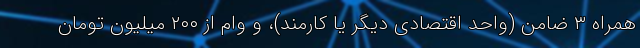
همراه ۳ ضامن (واحد اقتصادی دیگر یا کارمند)، و وام از ۲۰۰ میلیون تومان